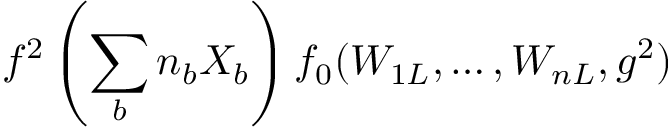
f ^ { 2 } \left( \sum _ { b } n _ { b } X _ { b } \right) f _ { 0 } ( W _ { 1 L } , \ldots , W _ { n L } , g ^ { 2 } )